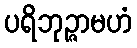
ပရိဘုဉ္ဇာမဟံ